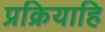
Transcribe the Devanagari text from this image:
प्रक्रियाहि